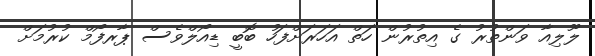
ލޫލިއާ ވަންތުރު ގެ އިތުރުން ހަތް އަހަރަށްފަހު ބޮބީ ޑިއޯލްވެސް ޕާރފޯމް ކުރުމަށް